Problem: 3 × 8 = ?
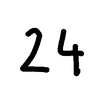
Handwritten answer: 24